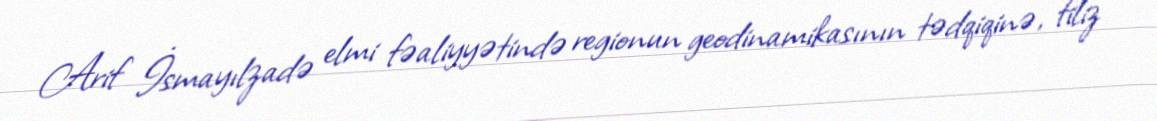
Arif İsmayılzadə elmi fəaliyyətində regionun geodinamikasının tədqiqinə, filiz